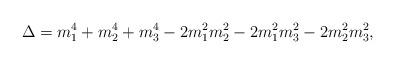
LaTeX: \begin{align*}\Delta=m_1^4+m_2^4+m_3^4-2m_1^2m_2^2-2m_1^2m_3^2-2m_2^2m_3^2,\end{align*}